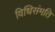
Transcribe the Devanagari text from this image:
विधिसंमति